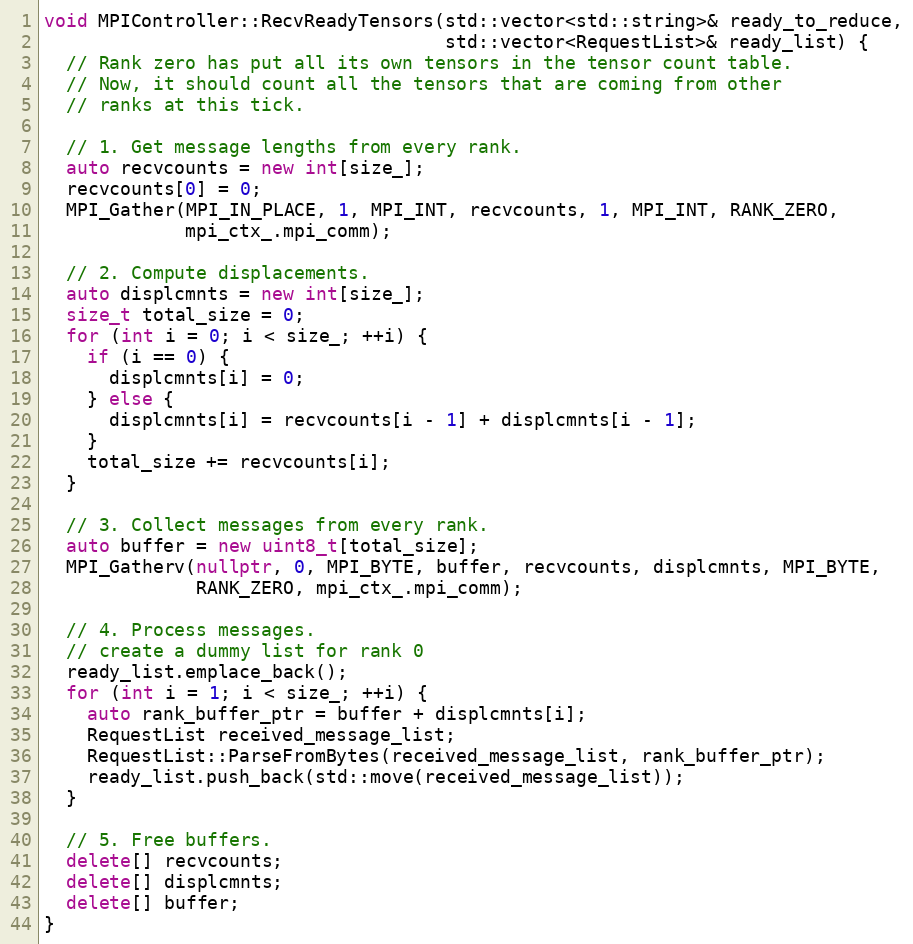
Language: C++
void MPIController::RecvReadyTensors(std::vector<std::string>& ready_to_reduce,
                                     std::vector<RequestList>& ready_list) {
  // Rank zero has put all its own tensors in the tensor count table.
  // Now, it should count all the tensors that are coming from other
  // ranks at this tick.

  // 1. Get message lengths from every rank.
  auto recvcounts = new int[size_];
  recvcounts[0] = 0;
  MPI_Gather(MPI_IN_PLACE, 1, MPI_INT, recvcounts, 1, MPI_INT, RANK_ZERO,
             mpi_ctx_.mpi_comm);

  // 2. Compute displacements.
  auto displcmnts = new int[size_];
  size_t total_size = 0;
  for (int i = 0; i < size_; ++i) {
    if (i == 0) {
      displcmnts[i] = 0;
    } else {
      displcmnts[i] = recvcounts[i - 1] + displcmnts[i - 1];
    }
    total_size += recvcounts[i];
  }

  // 3. Collect messages from every rank.
  auto buffer = new uint8_t[total_size];
  MPI_Gatherv(nullptr, 0, MPI_BYTE, buffer, recvcounts, displcmnts, MPI_BYTE,
              RANK_ZERO, mpi_ctx_.mpi_comm);

  // 4. Process messages.
  // create a dummy list for rank 0
  ready_list.emplace_back();
  for (int i = 1; i < size_; ++i) {
    auto rank_buffer_ptr = buffer + displcmnts[i];
    RequestList received_message_list;
    RequestList::ParseFromBytes(received_message_list, rank_buffer_ptr);
    ready_list.push_back(std::move(received_message_list));
  }

  // 5. Free buffers.
  delete[] recvcounts;
  delete[] displcmnts;
  delete[] buffer;
}